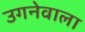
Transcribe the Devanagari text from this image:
उगनेवाला